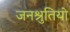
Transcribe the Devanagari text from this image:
जनश्रुतियो